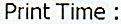
PRINT TIME :